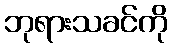
ဘုရားသခင်ကို